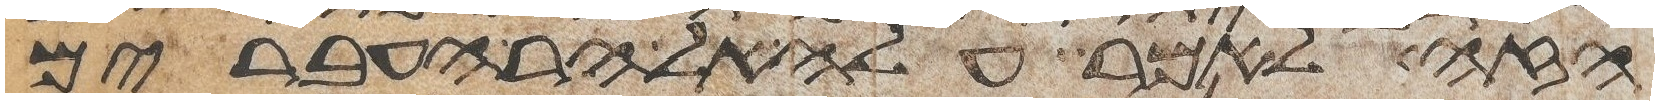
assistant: הזה לאמר עלה אל הר העברים